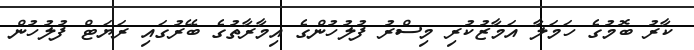
ކާރު ބޮމުގެ ހަމަލާ އަމާޒުކުރި މިސްރު ފުލުހުންގެ އިމާރާތުގެ ބޭރުގައި ރަޔަޓް ފުލުހުން